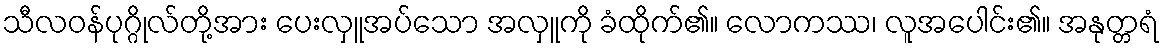
သီလဝန်ပုဂ္ဂိုလ်တို့အား ပေးလှူအပ်သော အလှူကို ခံထိုက်၏။ လောကဿ၊ လူအပေါင်း၏။ အနုတ္တရံ